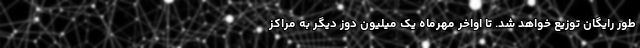
طور رایگان توزیع خواهد شد. تا اواخر مهرماه یک میلیون دوز دیگر به مراکز